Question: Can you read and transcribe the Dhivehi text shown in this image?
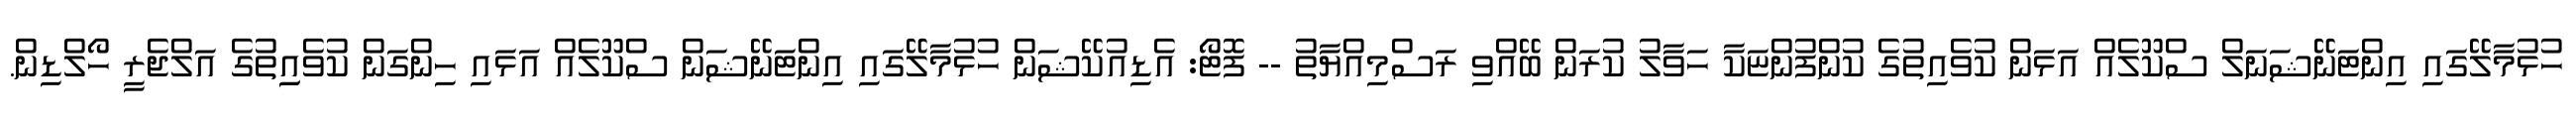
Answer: ހުޅުމާލޭގައި އިންޓަނޭޝަނަލް ސްކޫލެއް އަޅަން ކުވެއިތުގެ ކުންފުންޏަކާ ހަވާލު ކުރަން ބޭއްވި ރަސްމިއްޔާތު -- ފޮޓޯ: އެޑިއުކޭޝަން ހުޅުމާލޭގައި އިންޓަނޭޝަން ސްކޫލެއް އަޅައި ހިންގަން ކުވެއިިތުގެ އަލްޖެރީ ހޯލްޑިން.